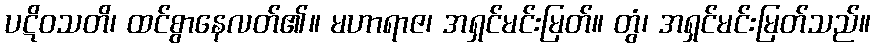
ပဋိဝသတိ၊ ထင်စွာနေလတ်၏။ မဟာရာဇ၊ အရှင်မင်းမြတ်။ တွံ၊ အရှင်မင်းမြတ်သည်။